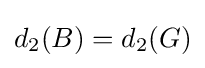
d_{2}(B)=d_{2}(G)